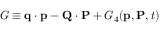
G \equiv \mathbf { q } \cdot \mathbf { p } - \mathbf { Q } \cdot \mathbf { P } + G _ { 4 } ( \mathbf { p } , \mathbf { P } , t )